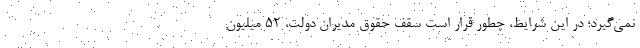
نمی‌گیرد؛ در این شرایط، چطور قرار است سقف حقوق مدیران دولت، ۵۲ میلیون